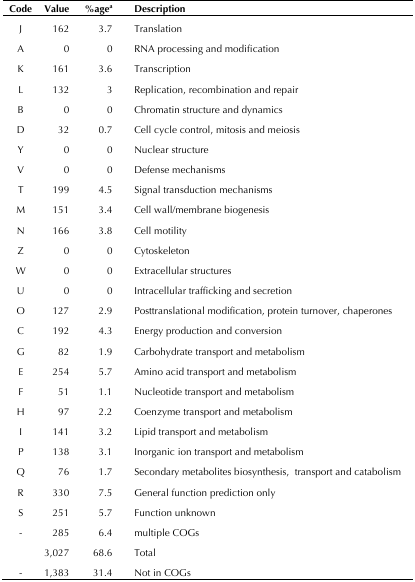
<table><thead><tr><td><b>Code</b></td><td><b>Value</b></td><td><b>%age<sup>a</sup></b></td><td><b>Description</b></td></tr></thead><tbody><tr><td>J</td><td>162</td><td>3.7</td><td>Translation</td></tr><tr><td>A</td><td>0</td><td>0</td><td>RNA processing and modification</td></tr><tr><td>K</td><td>161</td><td>3.6</td><td>Transcription</td></tr><tr><td>L</td><td>132</td><td>3</td><td>Replication, recombination and repair</td></tr><tr><td>B</td><td>0</td><td>0</td><td>Chromatin structure and dynamics</td></tr><tr><td>D</td><td>32</td><td>0.7</td><td>Cell cycle control, mitosis and meiosis</td></tr><tr><td>Y</td><td>0</td><td>0</td><td>Nuclear structure</td></tr><tr><td>V</td><td>0</td><td>0</td><td>Defense mechanisms</td></tr><tr><td>T</td><td>199</td><td>4.5</td><td>Signal transduction mechanisms</td></tr><tr><td>M</td><td>151</td><td>3.4</td><td>Cell wall/membrane biogenesis</td></tr><tr><td>N</td><td>166</td><td>3.8</td><td>Cell motility</td></tr><tr><td>Z</td><td>0</td><td>0</td><td>Cytoskeleton</td></tr><tr><td>W</td><td>0</td><td>0</td><td>Extracellular structures</td></tr><tr><td>U</td><td>0</td><td>0</td><td>Intracellular trafficking and secretion</td></tr><tr><td>O</td><td>127</td><td>2.9</td><td>Posttranslational modification, protein turnover, chaperones</td></tr><tr><td>C</td><td>192</td><td>4.3</td><td>Energy production and conversion</td></tr><tr><td>G</td><td>82</td><td>1.9</td><td>Carbohydrate transport and metabolism</td></tr><tr><td>E</td><td>254</td><td>5.7</td><td>Amino acid transport and metabolism</td></tr><tr><td>F</td><td>51</td><td>1.1</td><td>Nucleotide transport and metabolism</td></tr><tr><td>H</td><td>97</td><td>2.2</td><td>Coenzyme transport and metabolism</td></tr><tr><td>I</td><td>141</td><td>3.2</td><td>Lipid transport and metabolism</td></tr><tr><td>P</td><td>138</td><td>3.1</td><td>Inorganic ion transport and metabolism</td></tr><tr><td>Q</td><td>76</td><td>1.7</td><td>Secondary metabolites biosynthesis,transport and catabolism</td></tr><tr><td>R</td><td>330</td><td>7.5</td><td>General function prediction only</td></tr><tr><td>S</td><td>251</td><td>5.7</td><td>Function unknown</td></tr><tr><td>-</td><td>285</td><td>6.4</td><td>multiple COGs</td></tr><tr><td></td><td>3,027</td><td>68.6</td><td>Total</td></tr><tr><td>-</td><td>1,383</td><td>31.4</td><td>Not in COGs</td></tr></tbody></table>